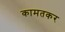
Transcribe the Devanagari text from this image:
कामतकर